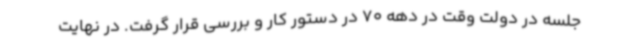
جلسه در دولت وقت در دهه 70 در دستور کار و بررسی قرار گرفت. در نهایت